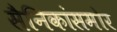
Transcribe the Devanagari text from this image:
सैनिकांसमोर